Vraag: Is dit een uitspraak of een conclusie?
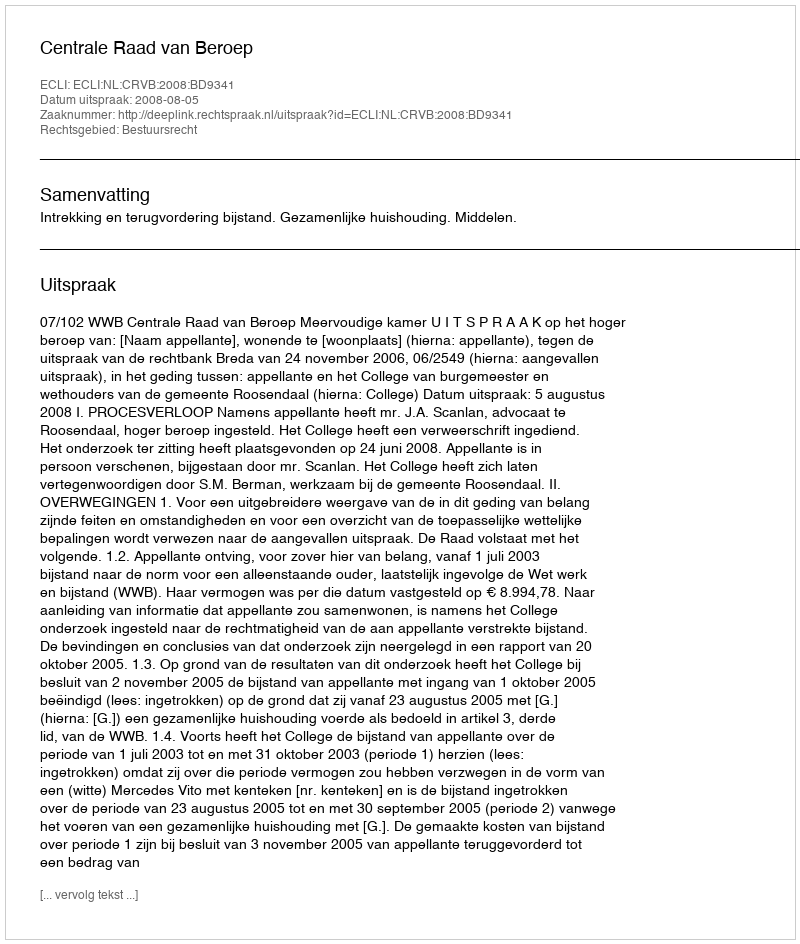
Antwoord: Uitspraak